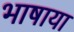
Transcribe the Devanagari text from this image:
भाषाया